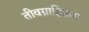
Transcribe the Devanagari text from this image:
तीवग्राहिताभ